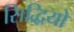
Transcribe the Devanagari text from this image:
सिद्धियो